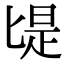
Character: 㔭